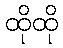
ထိုထို